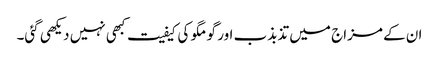
ان کے مزاج میں تذبذب اور گو مگو کی کیفیت کبھی نہیں دیکھی گئی۔